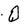
Character: Q